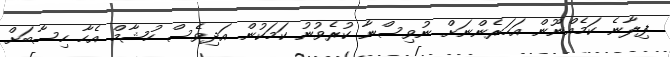
ފިލާނެ ކަމެއްނޫން އަހަރެންނަށް ނުވިސްނާ ކުރެވުނު ކަމަކުން އަދިވެސް ހުޝާމް އެހާ ހިސާބަށް